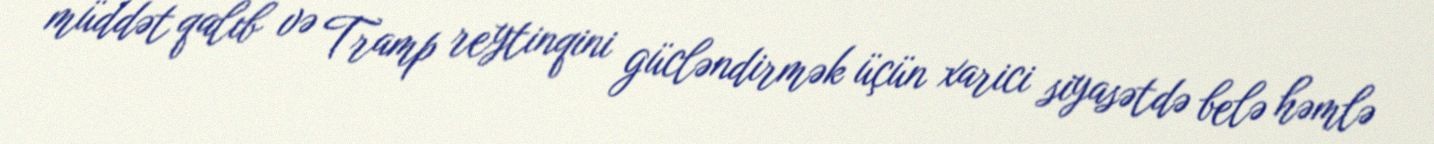
müddət qalıb və Tramp reytinqini gücləndirmək üçün xarici siyasətdə belə həmlə